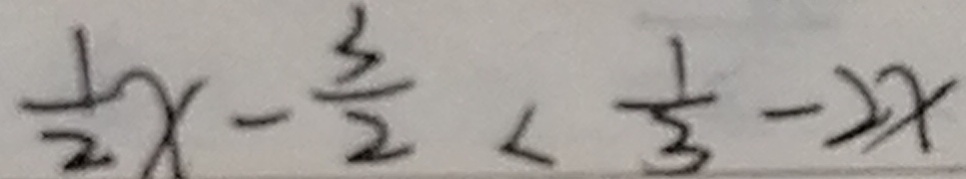
\frac { 1 } { 2 } x - \frac { 3 } { 2 } < \frac { 1 } { 3 } - 2 x